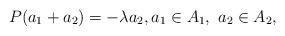
LaTeX: \begin{align*}P(a_1 + a_2) = -\lambda a_2,a_1\in A_1,\ a_2\in A_2,\end{align*}